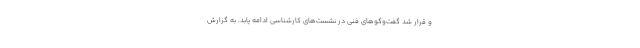
و قرار شد گفت‌وگوهای فنی در نشست‌های کارشناسی ادامه یابد. به گزارش